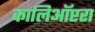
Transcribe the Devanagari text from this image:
कालिऑप्टरा